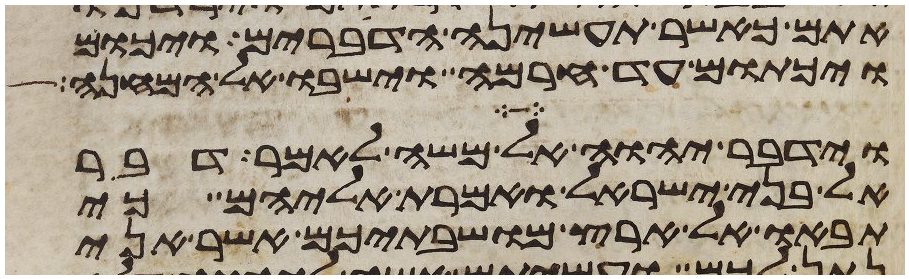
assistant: אתם כאשר תעשינה הדברים ויכום
ויכתום עד חרמה וישבו אל המחנה
וידבר יהוה אל משה לאמר דבר
אל בני ישראל ואמרת אליהם כי
תבאו אל ארץ מושבתיכם אשר אני